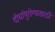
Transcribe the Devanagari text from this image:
दीर्घायुरोग्यासाठी